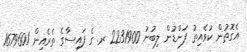
އެގޮތުން ކުވެއިތު ފަންޑުން ލިބުނު 2231900 ރ. ގެ ފައިސާގެ ތެރެއިން 1679601